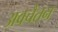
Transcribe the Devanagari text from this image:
अवचैतन